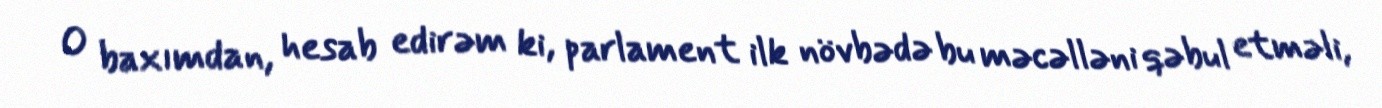
O baxımdan, hesab edirəm ki, parlament ilk növbədə bu məcəlləni qəbul etməli,